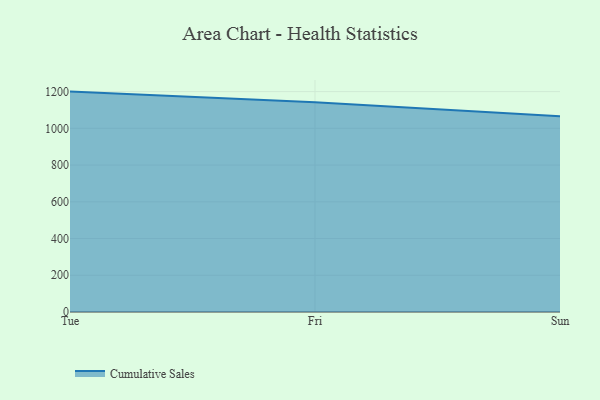
{"axis": {"x": "Day", "y": "Website Visitors"}, "legend": ["Cumulative Sales"], "data": [{"x": "Tue", "y": 1200.0, "type": "Cumulative Sales"}, {"x": "Fri", "y": 1142.2, "type": "Cumulative Sales"}, {"x": "Sun", "y": 1065.6, "type": "Cumulative Sales"}]}